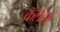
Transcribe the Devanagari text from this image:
कॅलेंडरे